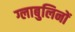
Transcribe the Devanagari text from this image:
ग्लाबुलिनों